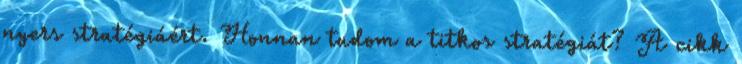
nyers stratégiáért. Honnan tudom a titkos stratégiát? A cikk